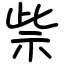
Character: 祡